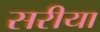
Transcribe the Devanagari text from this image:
सरीया